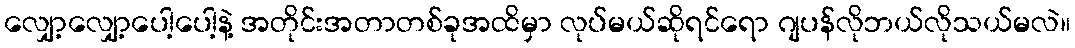
လျှော့လျှော့ပေါ့ပေါ့နဲ့ အတိုင်းအတာတစ်ခုအထိမှာ လုပ်မယ်ဆိုရင်ရော ဂျပန်လိုဘယ်လိုသယ်မလဲ။